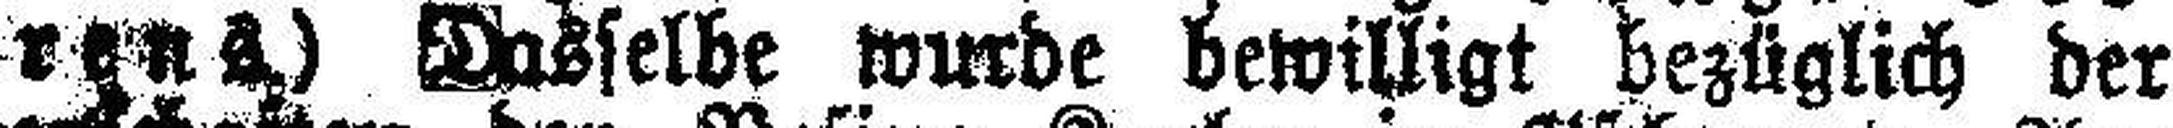
fahrens) Dasselbe wurde bewilligt bezüglich der